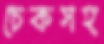
চেকসহ